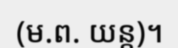
(ម.ព. យន្ត)។